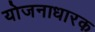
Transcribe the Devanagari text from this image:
योजनाधारक